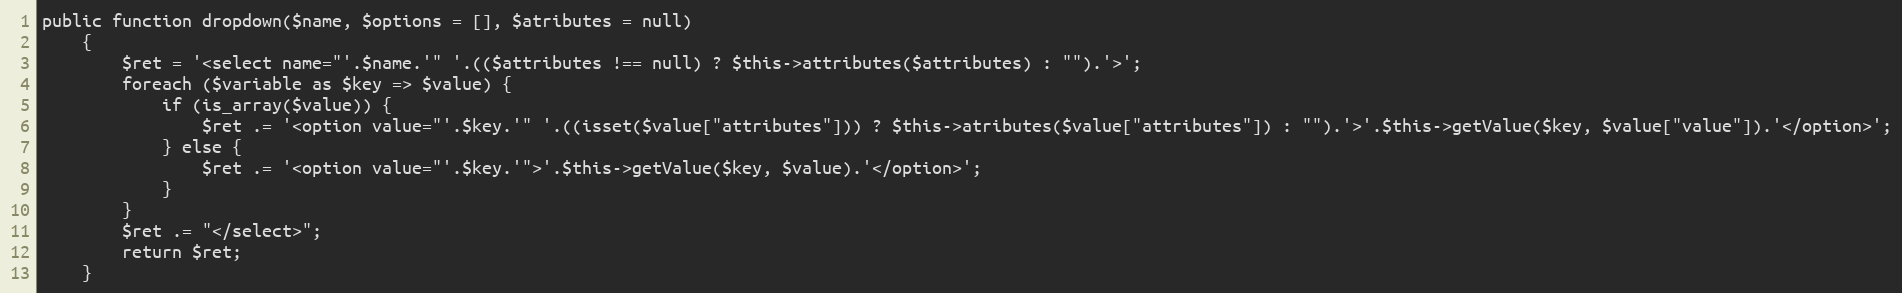
Language: PHP
public function dropdown($name, $options = [], $atributes = null)
    {
        $ret = '<select name="'.$name.'" '.(($attributes !== null) ? $this->attributes($attributes) : "").'>';
        foreach ($variable as $key => $value) {
            if (is_array($value)) {
                $ret .= '<option value="'.$key.'" '.((isset($value["attributes"])) ? $this->atributes($value["attributes"]) : "").'>'.$this->getValue($key, $value["value"]).'</option>';
            } else {
                $ret .= '<option value="'.$key.'">'.$this->getValue($key, $value).'</option>';
            }
        }
        $ret .= "</select>";
        return $ret;
    }